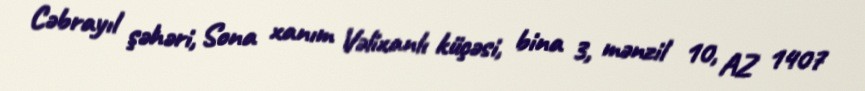
Cəbrayıl şəhəri, Sona xanım Vəlixanlı küçəsi, bina 3, mənzil 10, AZ 1407